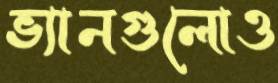
ভ্যানগুলোও